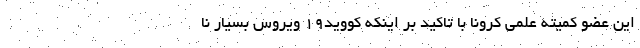
این عضو کمیته علمی کرونا با تاکید بر اینکه کووید۱۹ ویروس بسیار نا